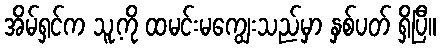
အိမ်ရှင်က သူ့ကို ထမင်းမကျွေးသည်မှာ နှစ်ပတ် ရှိပြီ။